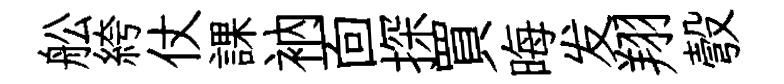
舩絝仗課衲靣探買晦发翔彀